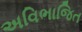
અવિભાજિત